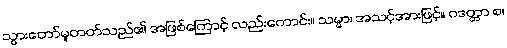
သွားတော်မူတတ်သည်၏ အဖြစ်ကြောင့် လည်းကောင်း။ သမ္မာ၊ အသင့်အားဖြင့်။ ဂဒတ္တာ စ၊